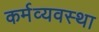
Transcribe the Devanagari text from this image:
कर्मव्यवस्था